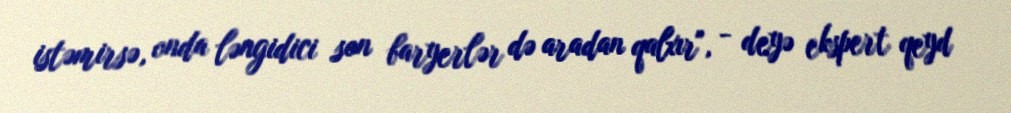
istəmirsə, onda ləngidici son baryerlər də aradan qalxır", - deyə ekspert qeyd